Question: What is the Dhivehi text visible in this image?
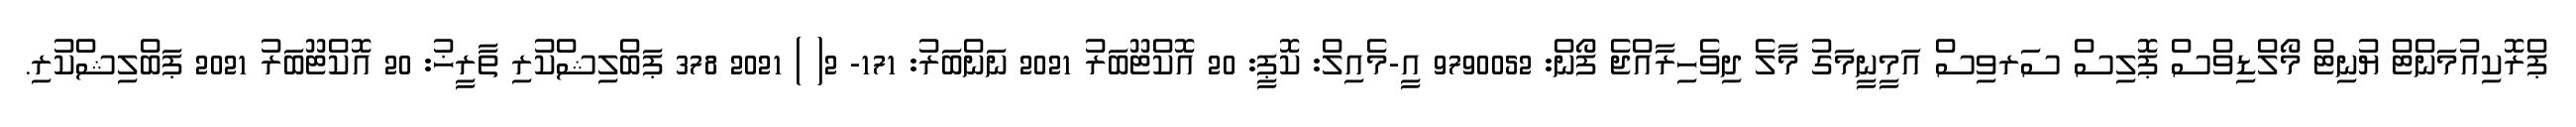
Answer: ޕްރޮކިއުމަންޓް ޔުނިޓް މޯލްޑިވްސް ޕޮލިސް ސަރވިސް އަމީނީމަގު މާލެ ދިވެހިރާއްޖެ ފޯން: 9790052 އީ-މެއިލް: ކޮޕީ: 20 އޮކްޓޫބަރު 2021 ނަންބަރު: 171- 2( ) 2021 378 ޕަބްލިޝްކުރި ތާރީޚު: 20 އޮކްޓޫބަރު 2021 ޕަބްލިޝްކުރި.